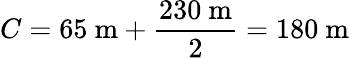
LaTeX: C=65~{\mathrm{m}}+{\frac{230~{\mathrm{m}}}{2}}=180~{\mathrm{m}}